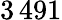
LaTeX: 3\, 491